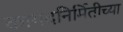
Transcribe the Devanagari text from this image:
कागदनिर्मितीच्या